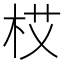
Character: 𱣏